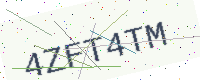
Text: 4ZFT4TM